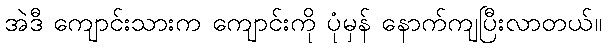
အဲဒီ ကျောင်းသားက ကျောင်းကို ပုံမှန် နောက်ကျပြီးလာတယ်။